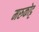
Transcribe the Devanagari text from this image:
मरुकोट्ट